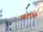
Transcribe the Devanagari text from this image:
आलीले